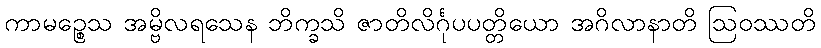
ကာမဉ္စေသ အမ္ဗိလရသေန ဘိက္ခသိ ဇာတိလိင်္ဂုပပတ္တိယော အဂိလာနာတိ ဩဝဿတိ